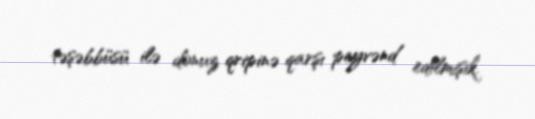
təşəbbüsü ilə donuz qripinə qarşı peyvənd edilmişik.